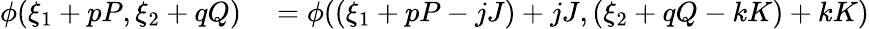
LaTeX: \begin{array}{rl}{\phi(\xi_{1}+pP,\xi_{2}+qQ)}&{{}=\phi((\xi_{1}+pP-jJ)+jJ,(\xi_{2}+qQ-kK)+kK)}\end{array}